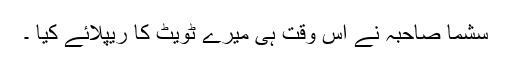
سشما صاحبہ نے اس وقت ہی میرے ٹویٹ کا ریپلائے کیا ۔